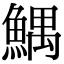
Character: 鰅